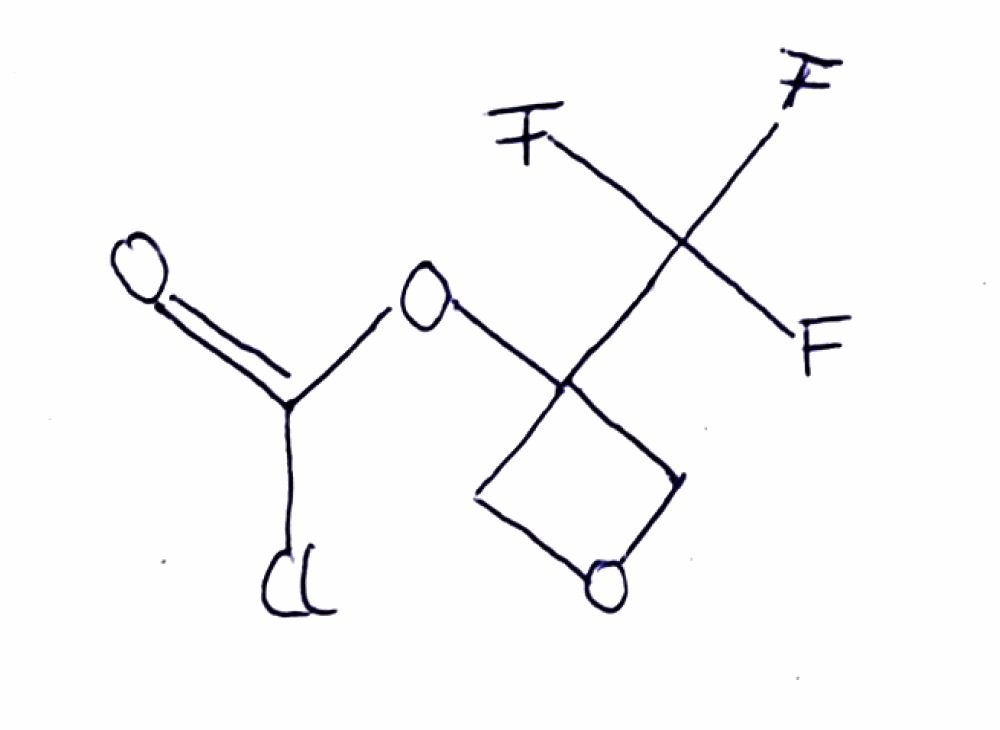
Simplified molecular-input line-entry system (SMILES) notation of the given molecule:
C1C(CO1)(C(F)(F)F)OC(=O)Cl